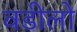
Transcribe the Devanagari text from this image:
वडीलो